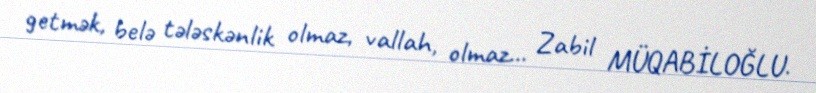
getmək, belə tələskənlik olmaz, vallah, olmaz... Zabil MÜQABİLOĞLU.